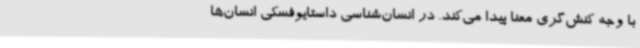
با وجه کنش‌گری معنا پیدا می‌کند. در انسان‌شناسی داستایوفسکی انسان‌ها